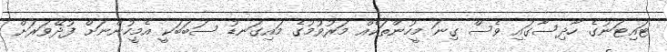
ޓައިޓަނުގެ ހާދިސާގައި ވެސް ގިނަ މީހުންތަކެއް މަރުވުމުގެ މައިގަނޑު ސަބަބަކީ އެމީހުންނަށް ފުދޭވަރަށް